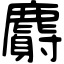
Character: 麝